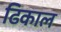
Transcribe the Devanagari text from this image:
ढिकाल